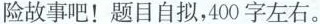
险故事吧！题目自拟，400字左右。